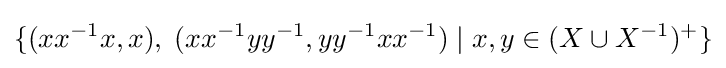
\{(xx^{-1}x,x),\;(xx^{-1}yy^{-1},yy^{-1}xx^{-1})\;|\;x,y\in (X\cup X^{-1})^{+}\}